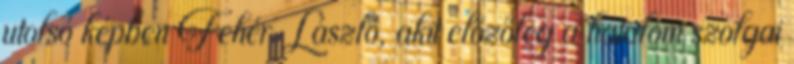
utolsó képben Fehér László, akit előzőleg a hatalom szolgai